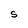
Character: S